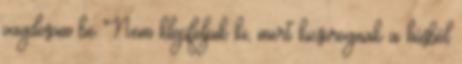
vagdosom be Nem klopfoljuk ki, mert kicsorognak a húsból